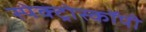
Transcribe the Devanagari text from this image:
स्पेक्ट्रोस्कॉपी